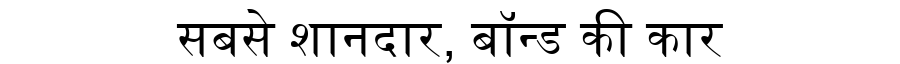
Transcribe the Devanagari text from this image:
सबसे शानदार, बॉन्ड की कार